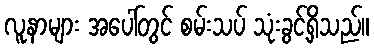
လူနာများ အပေါ်တွင် စမ်းသပ် သုံးခွင့်ရှိသည်။